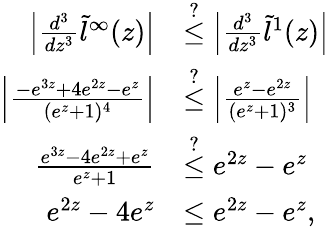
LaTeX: \begin{array}{rl}{\left|\frac{d^{3}}{dz^{3}}\tilde{l}^{\infty}(z)\right|}&{\overset{?}{\le}\left|\frac{d^{3}}{dz^{3}}\tilde{l}^{1}(z)\right|}\\ {\left|\frac{-e^{3z}+4e^{2z}-e^{z}}{(e^{z}+1)^{4}}\right|}&{\overset{?}{\le}\left|\frac{e^{z}-e^{2z}}{(e^{z}+1)^{3}}\right|}\\ {\frac{e^{3z}-4e^{2z}+e^{z}}{e^{z}+1}}&{\overset{?}{\le}e^{2z}-e^{z}}\\ {e^{2z}-4e^{z}}&{\leq e^{2z}-e^{z},}\end{array}